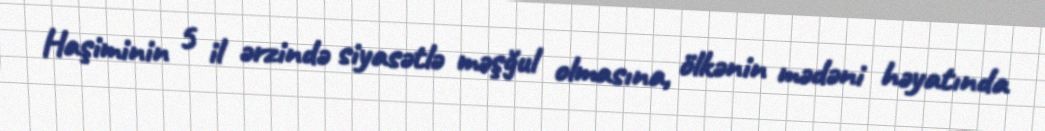
Haşiminin 5 il ərzində siyasətlə məşğul olmasına, ölkənin mədəni həyatında